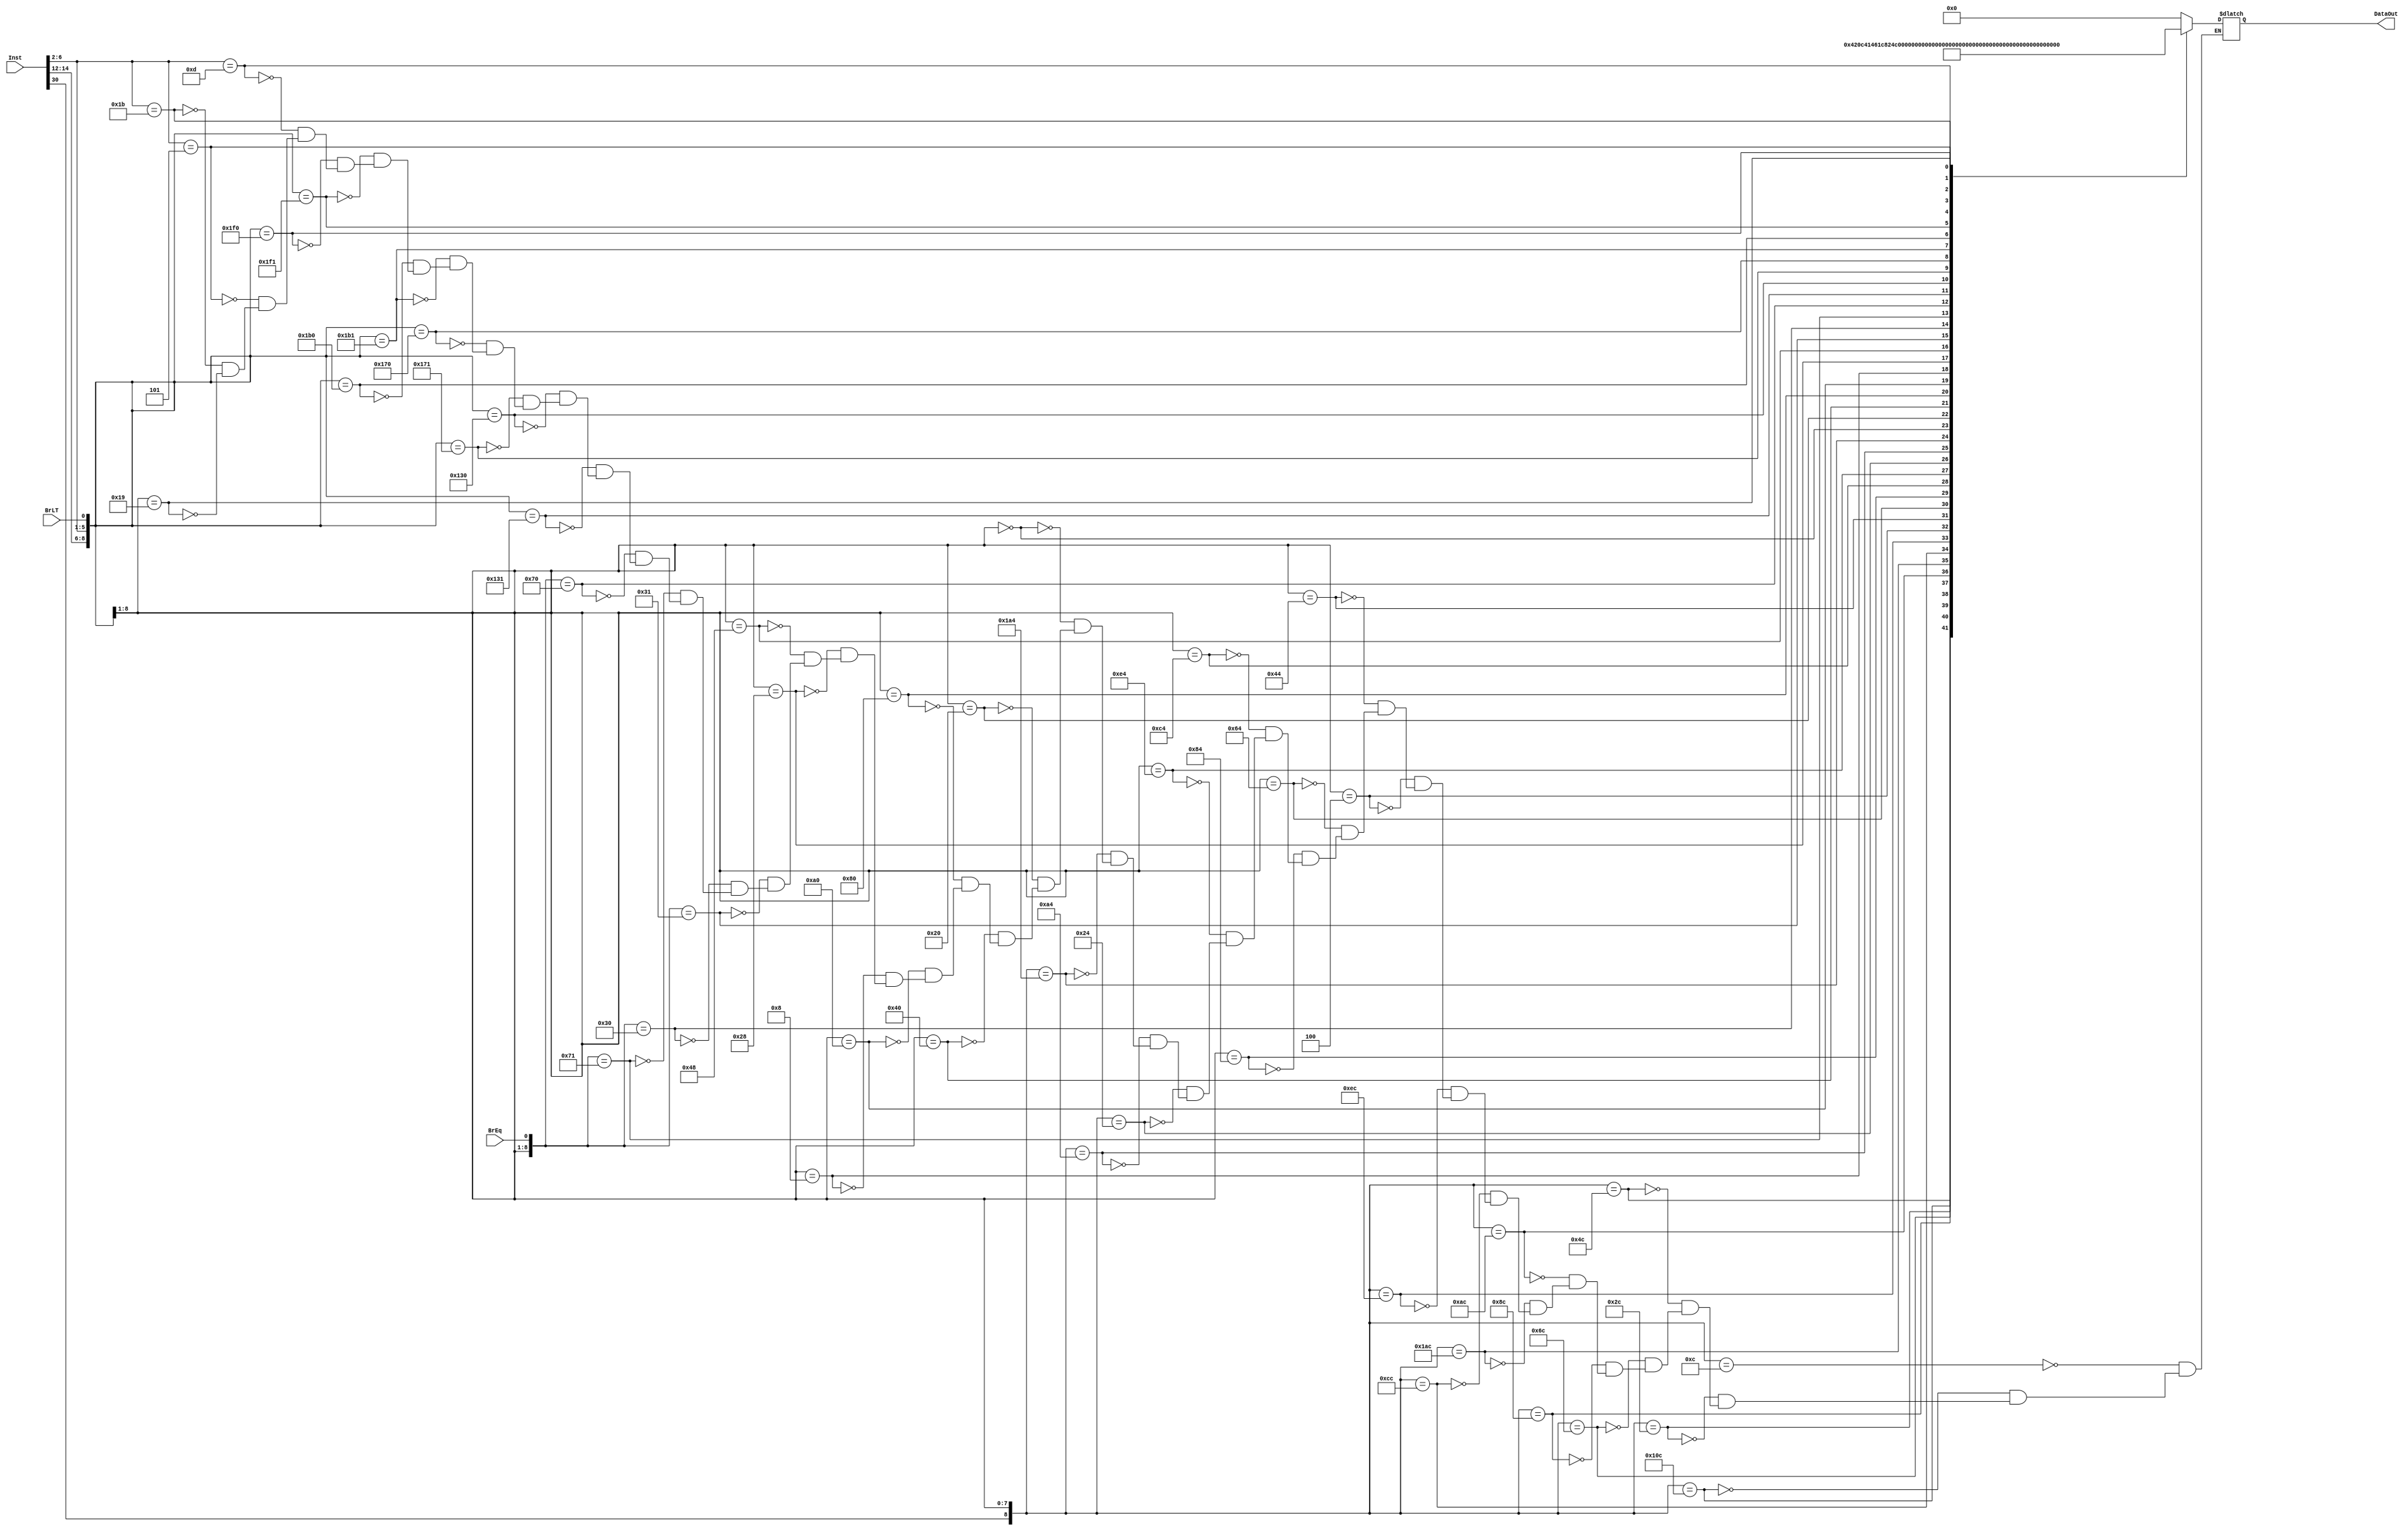
module ROMDecoder (
    Inst,
    BrEq,
    BrLT,
    DataOut
);
    /*************** Decleration ***************/
    parameter WIDTH_INST_LENGTH = 32;
    parameter WIDTH_DATAOUT_LENGTH  = 6;
    parameter WIDTH_CONTROL_LENGTH = 11;
    input [WIDTH_INST_LENGTH - 1:0] Inst;
    input BrEq;
    input BrLT;
    output reg [WIDTH_DATAOUT_LENGTH - 1:0] DataOut;

    reg [WIDTH_CONTROL_LENGTH - 1:0] Ctrl;

    /*************** Functional ***************/
    assign Ctrl = {Inst[30], Inst[14:12], Inst[6:2], BrEq, BrLT};

    /*************** Always Block ***************/
    always @(Ctrl) begin
        casex (Ctrl)
            //R type
            11'b0_000_01100_?_?: DataOut = 6'd0;    //ADD
            11'b1_000_01100_?_?: DataOut = 6'd1;    //SUB
            11'b0_001_01100_?_?: DataOut = 6'd2;    //SLL
            11'b0_010_01100_?_?: DataOut = 6'd3;    //SLT
            11'b0_011_01100_?_?: DataOut = 6'd4;    //SLTU
            11'b0_100_01100_?_?: DataOut = 6'd5;    //XOR
            11'b0_101_01100_?_?: DataOut = 6'd6;    //SRL 
            11'b1_101_01100_?_?: DataOut = 6'd7;    //SRA
            11'b0_110_01100_?_?: DataOut = 6'd8;    //OR
            11'b0_111_01100_?_?: DataOut = 6'd9;    //AND   

            //I type
            11'b?_000_00100_?_?: DataOut = 6'd10;   //ADDI
            11'b?_010_00100_?_?: DataOut = 6'd11;   //SLTI
            11'b?_011_00100_?_?: DataOut = 6'd12;   //SLTIU
            11'b?_100_00100_?_?: DataOut = 6'd13;   //XORI
            11'b?_110_00100_?_?: DataOut = 6'd14;   //ORI
            11'b?_111_00100_?_?: DataOut = 6'd15;   //ANDI
            11'b0_001_00100_?_?: DataOut = 6'd16;   //SLLI
            11'b0_101_00100_?_?: DataOut = 6'd17;   //SRLI
            11'b1_101_00100_?_?: DataOut = 6'd18;   //SRAI

            //I type, Load instruction
            11'b?_000_00000_?_?: DataOut = 6'd19;   //LB
            11'b?_001_00000_?_?: DataOut = 6'd20;   //LH
            11'b?_010_00000_?_?: DataOut = 6'd21;   //LW
            11'b?_100_00000_?_?: DataOut = 6'd22;   //LBU
            11'b?_101_00000_?_?: DataOut = 6'd23;   //LHU

            //S type, Strore Instruction
            11'b?_000_01000_?_?: DataOut = 6'd24;   //SB
            11'b?_001_01000_?_?: DataOut = 6'd25;   //SH
            11'b?_010_01000_?_?: DataOut = 6'd26;   //SW

            //B type, Conditional Branch
            11'b?_000_11000_1_?: DataOut = 6'd27;   //BEQ, pass condition
            11'b?_000_11000_0_?: DataOut = 6'd28;   //BEQ
            11'b?_001_11000_1_?: DataOut = 6'd29;   //BNE, not pass condition
            11'b?_001_11000_0_?: DataOut = 6'd30;   //BNE
            11'b?_100_11000_?_1: DataOut = 6'd31;   //BLT, pass condition
            11'b?_100_11000_?_0: DataOut = 6'd32;   //BLT
            11'b?_101_11000_?_1: DataOut = 6'd33;   //BGE, not pass condition
            11'b?_101_11000_?_0: DataOut = 6'd34;   //BGE
            11'b?_110_11000_?_1: DataOut = 6'd35;   //BLTU, pass condition
            11'b?_110_11000_?_0: DataOut = 6'd36;   //BLTU
            11'b?_111_11000_?_1: DataOut = 6'd37;   //BGEU, not pass condition
            11'b?_111_11000_?_0: DataOut = 6'd38;   //BGEU

            //U type
            11'b?_???_01101_?_?: DataOut = 6'd39;   //LUI
            11'b?_???_00101_?_?: DataOut = 6'd40;   //AUIPC

            //J type, unConditional Branch
            11'b?_???_11011_?_?: DataOut = 6'd41;   //JAL
            11'b?_000_11001_?_?: DataOut = 6'd42;   //JALR
            default: ;
        endcase
    end
endmodule